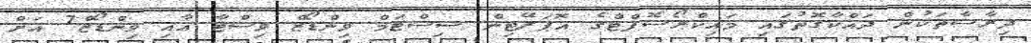
ދިރާސާތަކުން ދައްކާގޮތުގައި މައިކްރޯސޮފްޓްގެ އޮޕަރޭޓިން ސިސްޓަމް ވިންޑޯޒް ވިސްޓާ އާއި ވިންޑޯޒް7 އަށް